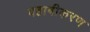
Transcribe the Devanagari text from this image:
वहाबीकरण